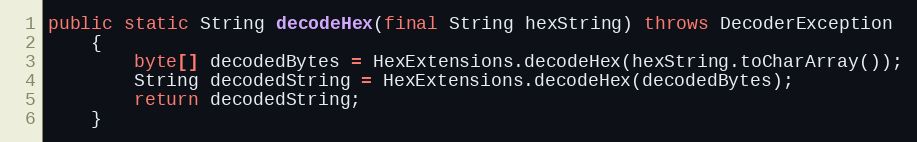
Language: Java
public static String decodeHex(final String hexString) throws DecoderException
	{
		byte[] decodedBytes = HexExtensions.decodeHex(hexString.toCharArray());
		String decodedString = HexExtensions.decodeHex(decodedBytes);
		return decodedString;
	}